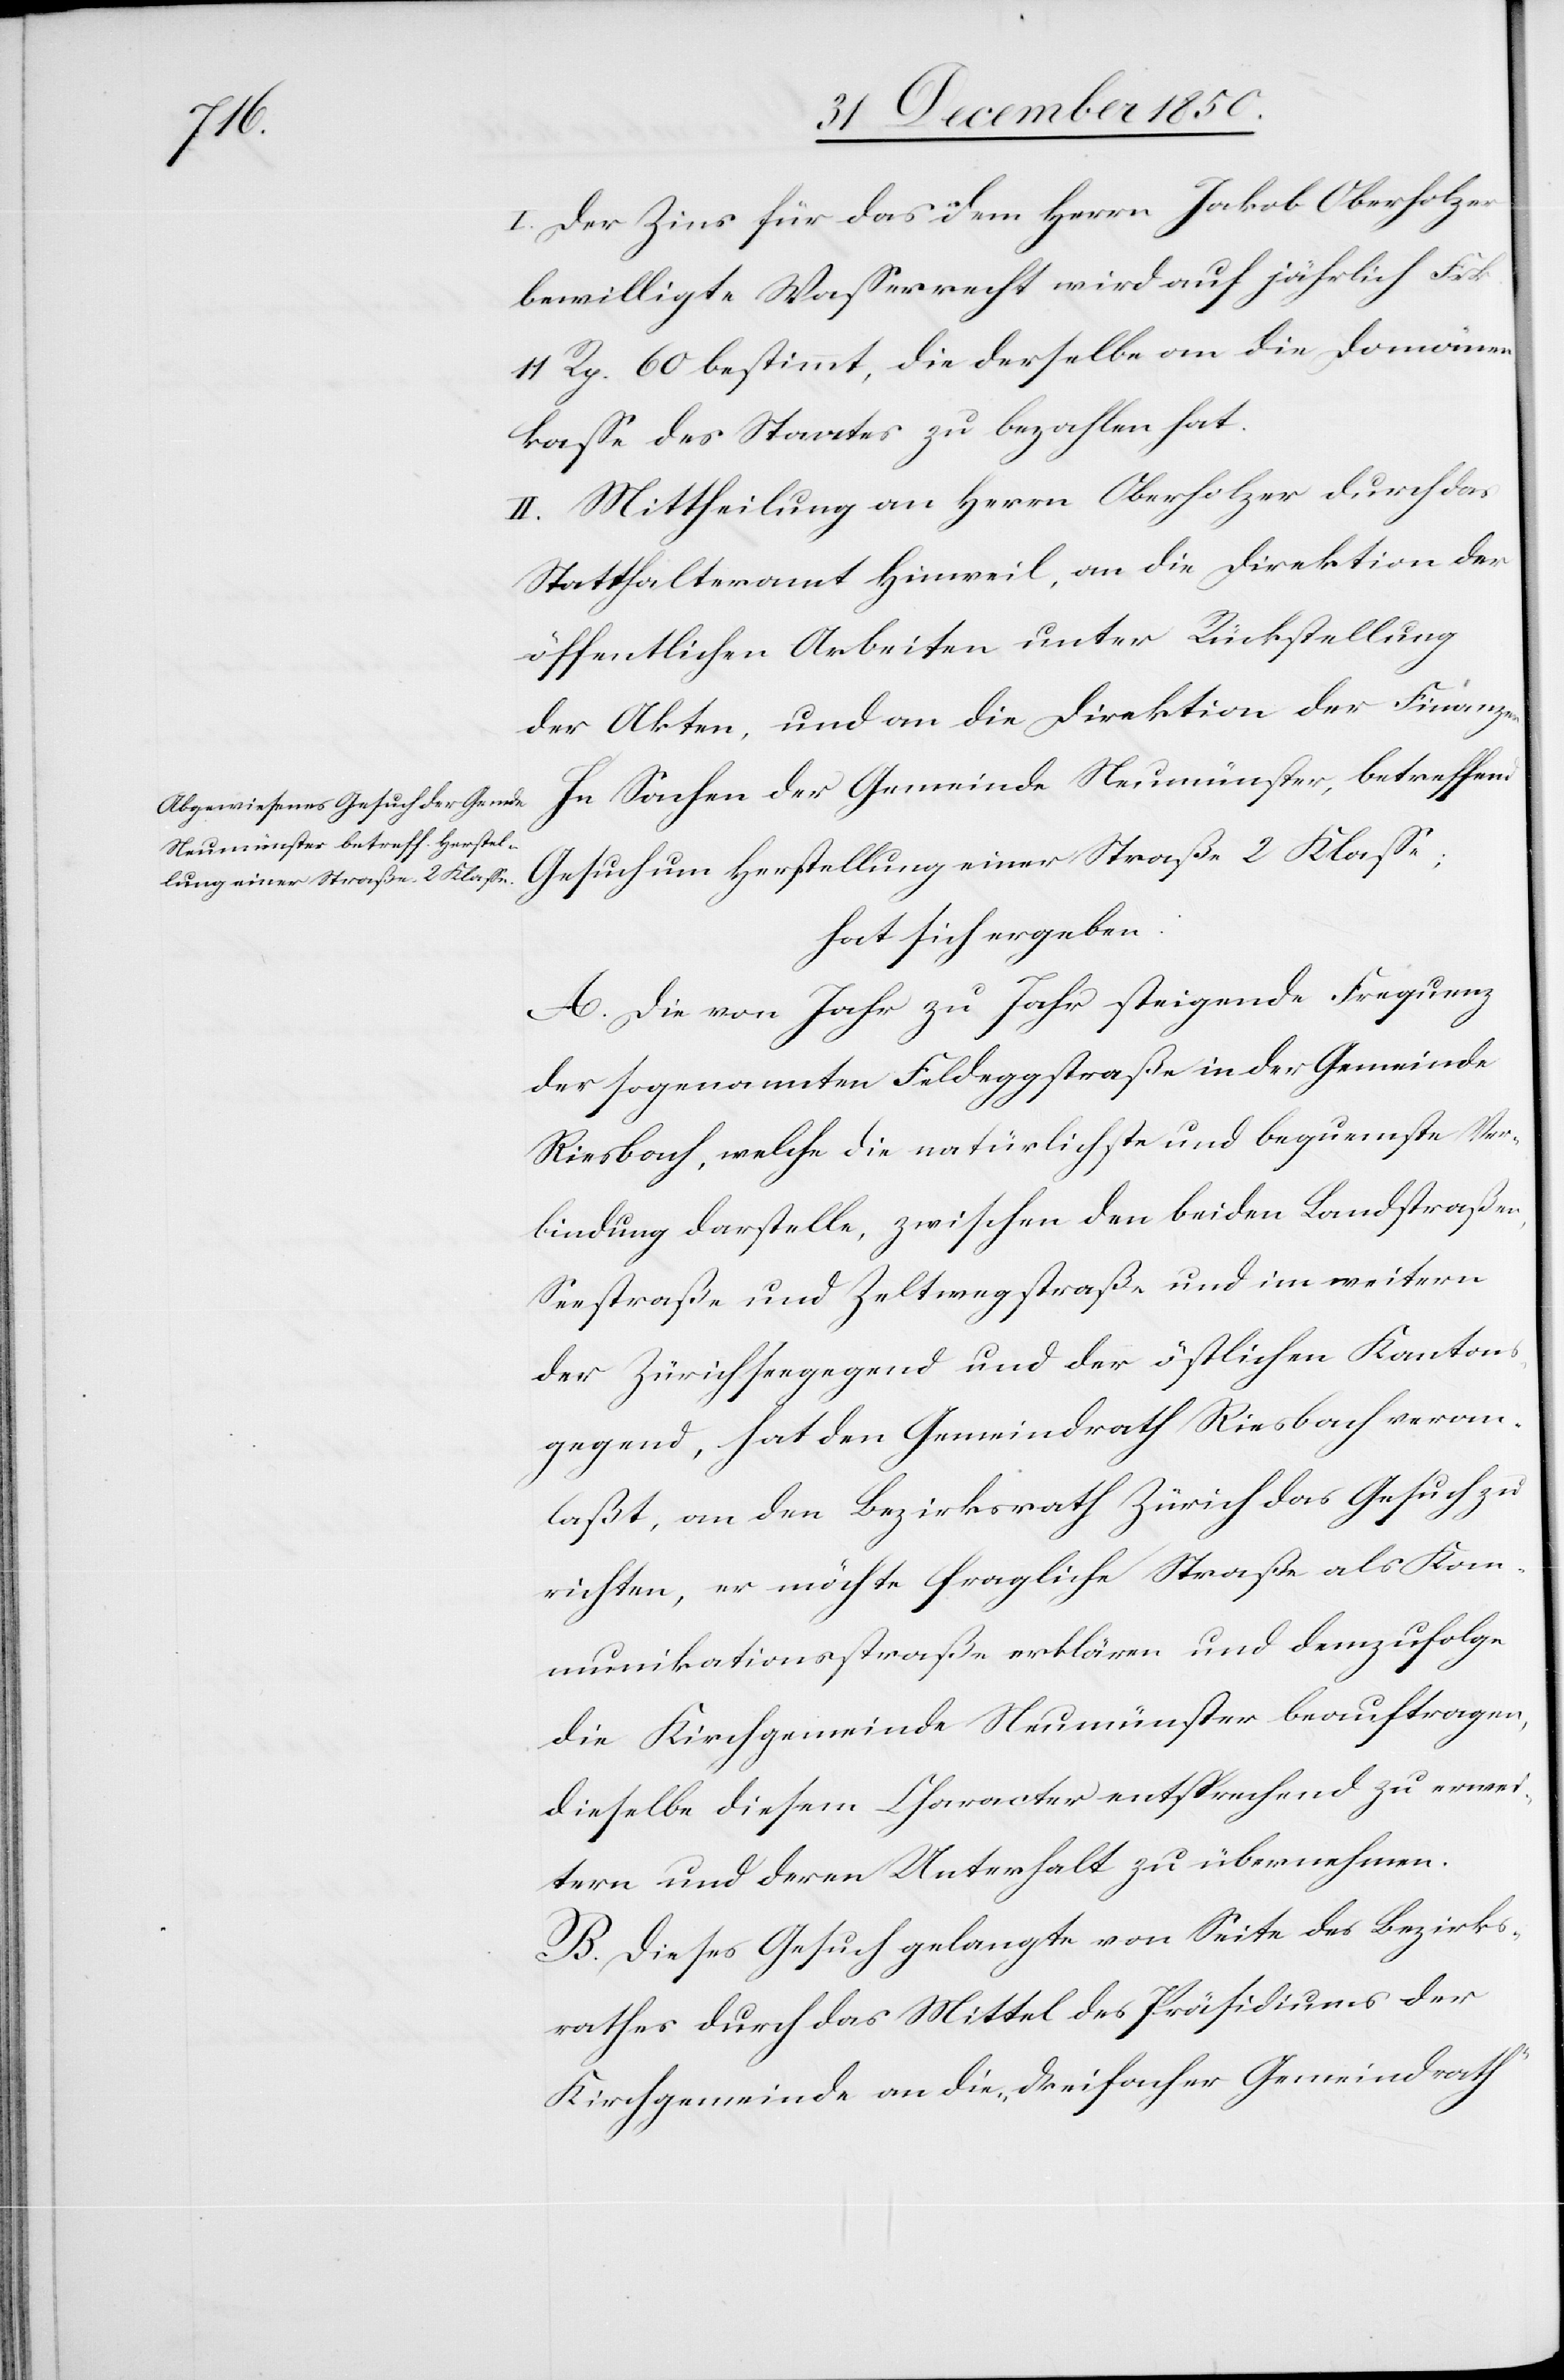
en.

I. Der Zins für das dem Herrn Jakob Oberholzer
bewilligte Wasserrecht wird auf jährlich Frk.
11 Rp. 60 bestimmt, die derselbe an die Domänen¬
kasse des Staates zu bezahlen hat.
II. Mittheilung an Herrn Oberholzer durch das
Statthalteramt Hinweil, an die Direktion der
öffentlichen Arbeiten unter Rückstellung
der Akten, und an die Direktion der Finanz¬
In Sachen der Gemeinde Neumünster, betreffend
Gesuch um Herstellung einer Straße 2 Klasse;
hat sich ergeben:
A. Die von Jahr zu Jahr steigende Frequenz
der sogenannten Feldeggstraße in der Gemeinde
Riesbach, welche die natürlichste und bequemste Ver¬
bindung darstelle, zwischen den beiden Landstraßen,
Seestraße und Zeltwegstraße und im weitern
der Zürichseegegend und der östlichen Kantons¬
gegend, hat den Gemeindrath Riesbach veran¬
laßt, an den Bezirksrath Zürich das Gesuch zu
richten, er möchte fragliche Straße als Kom¬
munikationsstraße erklären und demzufolge
die Kirchgemeinde Neumünster beauftragen,
dieselbe diesem Character entsprechend zu erwei¬
tern und deren Unterhalt zu übernehmen.
B. Dieses Gesuch gelangte von Seite des Bezirks¬
rathes durch das Mittel des Präsidiums der
Kirchgemeinde an die „dreifacher Gemeindrath“